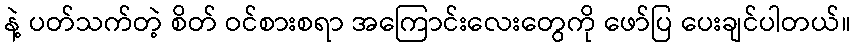
နဲ့ ပတ်သက်တဲ့ စိတ် ဝင်စားစရာ အကြောင်းလေးတွေကို ဖော်ပြ ပေးချင်ပါတယ်။